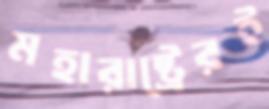
মহারাষ্ট্রেরই